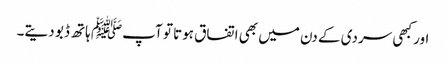
اور کبھی سردی کے دن میں بھی اتفاق ہوتا تو آپﷺ ہاتھ ڈبو دیتے۔